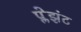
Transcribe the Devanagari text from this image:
प्लेझंट